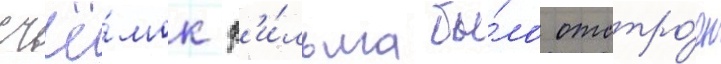
съё́мок ф'и́льма бы́ло отстро́ено